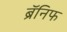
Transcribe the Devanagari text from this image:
ब्रॅनिफ